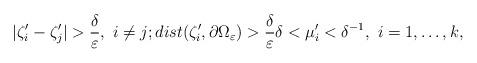
LaTeX: \begin{align*}\vert \zeta_i^{\prime}-\zeta_j^{\prime} \vert >\frac{\delta}{\varepsilon}, \ i\not=j; dist(\zeta_i^{\prime},\partial\Omega_{\varepsilon})>\frac{\delta}{\varepsilon}\delta<\mu_i^{\prime}<\delta^{-1},\ i=1,\ldots,k,\end{align*}